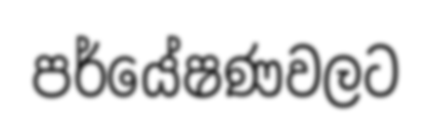
පර්යේෂණවලට